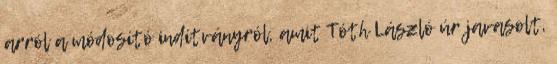
arról a módosító indítványról, amit Tóth László úr javasolt,